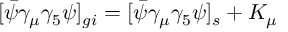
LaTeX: [ \bar { \psi } \gamma _ { \mu } \gamma _ { 5 } \psi ] _ { g i } = [ \bar { \psi } \gamma _ { \mu } \gamma _ { 5 } \psi ] _ { s } + K _ { \mu }